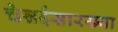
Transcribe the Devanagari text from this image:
चेन्नईसारख्या